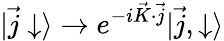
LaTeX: |\vec{j}\downarrow\rangle\rightarrow e^{-i\vec{K}\cdot\vec{j}}|\vec{j},\downarrow\rangle